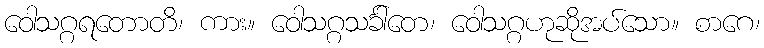
ဝေါသဂ္ဂရတောတိ၊ ကား။ ဝေါသဂ္ဂသင်္ခါတေ၊ ဝေါသဂ္ဂဟုဆိုအပ်သော။ စာဂေ၊